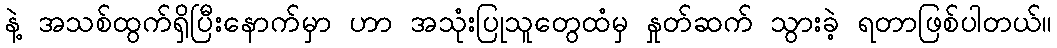
နဲ့ အသစ်ထွက်ရှိပြီးနောက်မှာ ဟာ အသုံးပြုသူတွေထံမှ နှုတ်ဆက် သွားခဲ့ ရတာဖြစ်ပါတယ်။